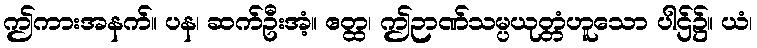
ဤကားအနက်။ ပန၊ ဆက်ဦးအံ့။ ဧတ္ထ၊ ဤဉာဏ်သမ္ပယုတ္တံဟူသော ပါဌ်၌။ ယံ၊